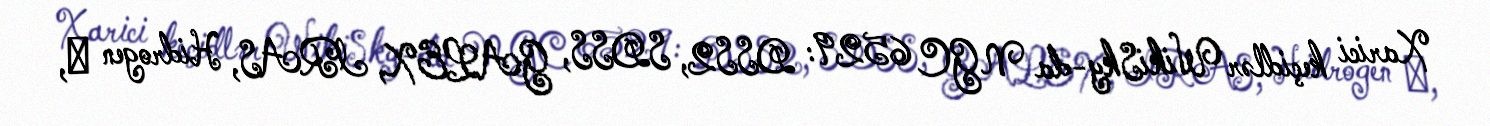
Xarici keçidlər WikiSky-da NGC 6529: DSS2, SDSS, GALEX, IRAS, Hidrogen α,